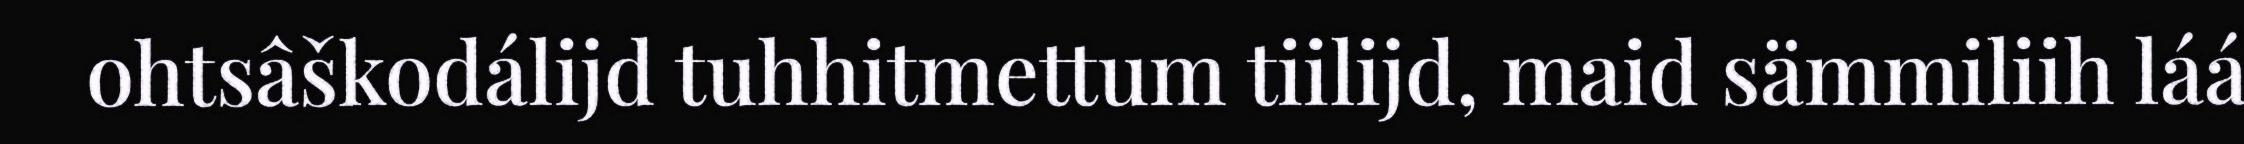
ohtsâškodálijd tuhhitmettum tiilijd, maid sämmiliih láá